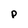
Character: p